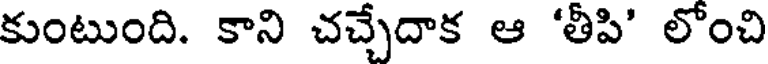
కుంటుంది. కాని చచ్చేదాక ఆ 'తీపి' లోంచి